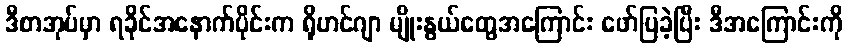
ဒီစာအုပ်မှာ ရခိုင်အနောက်ပိုင်းက ရိုဟင်ဂျာ မျိုးနွယ်တွေအကြောင်း ဖော်ပြခဲ့ပြီး ဒီအကြောင်းကို